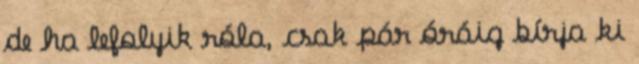
de ha lefolyik róla, csak pár óráig bírja ki